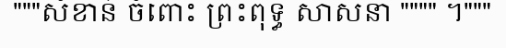
"""សំខាន់ ចំពោះ ព្រះពុទ្ធ សាសនា """" ។"""